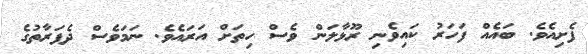
ފެށިއެވެ. ބައެއް ފަހަރު ކައިވެނި ރޫޅާލަން ވެސް ހިތަށް އަރައެވެ. ނަމަވެސް ދެފަރާތުގެ